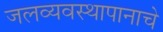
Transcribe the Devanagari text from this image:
जलव्यवस्थापानाचे